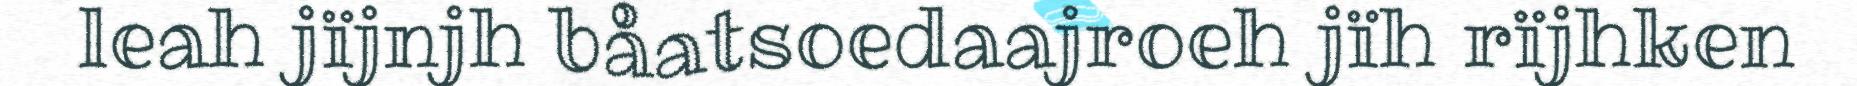
leah jïjnjh båatsoedaajroeh jïh rïjhken